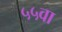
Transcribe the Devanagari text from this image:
५५वा